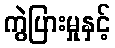
ကွဲပြားမှုနှင့်